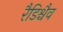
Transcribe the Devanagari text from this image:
रैडिश्चैव